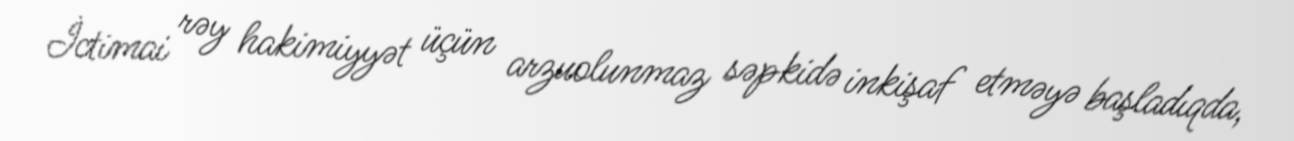
İctimai rəy hakimiyyət üçün arzuolunmaz səpkidə inkişaf etməyə başladıqda,